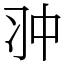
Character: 𠁨